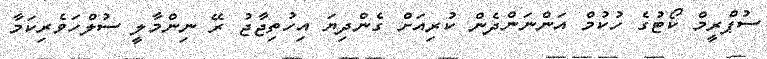
ސުޕްރީމް ކޯޓުގެ ހުކުމް އަންނަންދެން ކުރިއަށް ގެންދިޔަ އިހުތިޖާޖު ރޭ ނިންމާލީ ސުލްހަވެރިކަމާ